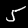
Label: 5